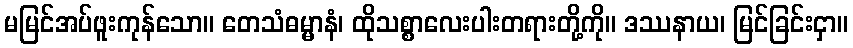
မမြင်အပ်ဖူးကုန်သော။ တေသံဓမ္မာနံ၊ ထိုသစ္စာလေးပါးတရားတို့ကို။ ဒဿနာယ၊ မြင်ခြင်းငှာ။